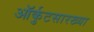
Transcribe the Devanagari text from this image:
ऑर्कुटसारख्या